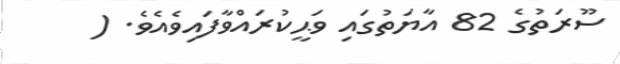
ސޫރަތުގެ 82 އާޔަތުގައި ވަޙީކުރައްވާފައިވެއެވެ. (